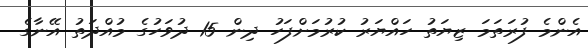
އެންމެ ފުރަތަމަ ޒިޔަތު ހައްޔަރު ކުރުމަށްފަހު ދިން 15 ދުވަހުގެ މުއްދަތު އޭނާގެ